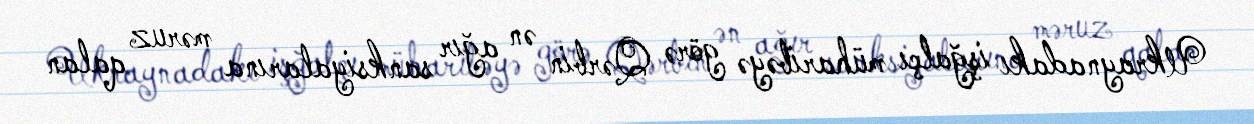
Ukraynadakı işğalçı müharibəyə görə Qərbin ən ağır sanksiyalarına məruz qalan